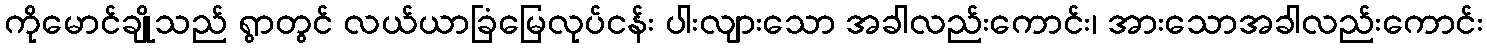
ကိုမောင်ချိုသည် ရွာတွင် လယ်ယာခြံမြေလုပ်ငန်း ပါးလျားသော အခါလည်းကောင်း၊ အားသောအခါလည်းကောင်း